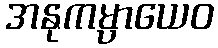
အနုကမ္ပာယေဝ